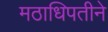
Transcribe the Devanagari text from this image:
मठाधिपतीने